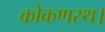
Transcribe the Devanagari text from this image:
कोकणस्थ।